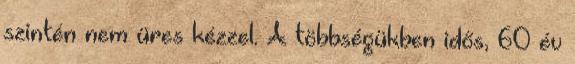
szintén nem üres kézzel. A többségükben idős, 60 év